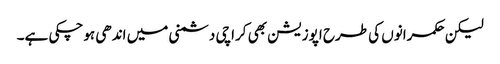
لیکن حکمرانوں کی طرح اپوزیشن بھی کراچی دشمنی میں اندھی ہوچکی ہے۔